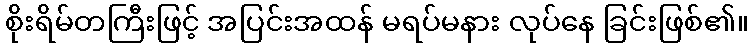
စိုးရိမ်တကြီးဖြင့် အပြင်းအထန် မရပ်မနား လုပ်နေ ခြင်းဖြစ်၏။